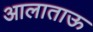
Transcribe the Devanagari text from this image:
आलाताऊ